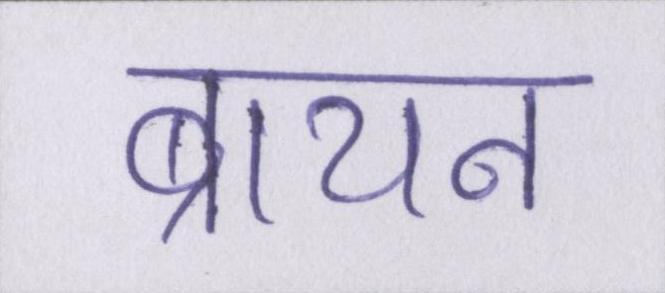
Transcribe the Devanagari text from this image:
ब्रायन